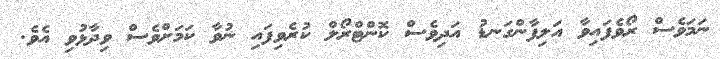
ނަމަވެސް ރޯވެފައިވާ އަލިފާންގަނޑު އަދިވެސް ކޮންޓްރޯލް ކުރެވިފައި ނުވާ ކަމަށްވެސް ވިދާޅުވި އެވެ.